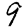
Digit: 9